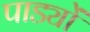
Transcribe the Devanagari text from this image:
पाड्यों